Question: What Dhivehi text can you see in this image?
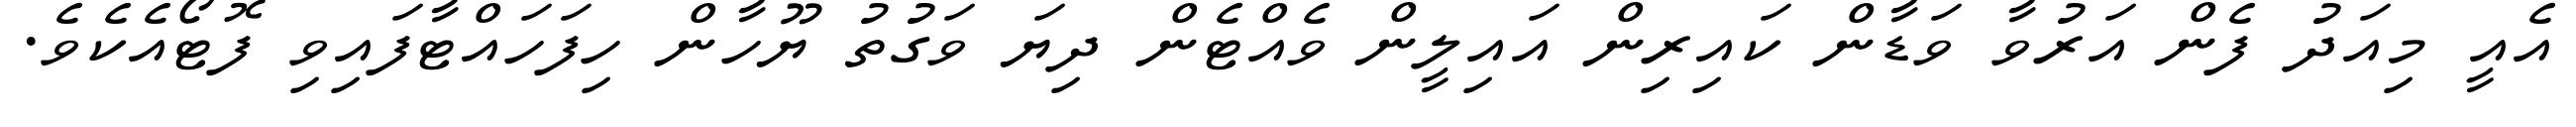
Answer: އެއީ މިއަދު ފެން އަރުވާ ވަޑާން ކައިރިން އައިލީން ވެއްޓެން ދިޔަ ވަގުތު ޔޫހާން ހިފަހައްޓާފައިވި ފޮޓޯއެކެވެ.